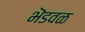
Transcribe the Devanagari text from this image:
भॆडवळ